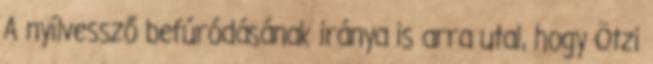
A nyílvessző befúródásának iránya is arra utal, hogy Ötzi